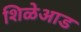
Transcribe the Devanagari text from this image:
शिळेआड